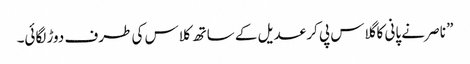
” ناصر نے پانی کا گلاس پی کر عدیل کے ساتھ کلاس کی طرف دوڑ لگائی۔